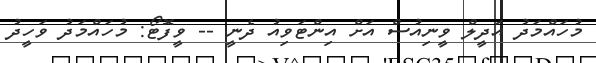
މުހައްމަދު އަދީލް ވީނިއުސް އަށް އިންޓަވިއު ދެނީ -- ވީފޮޓޯ: މުހައްމަދު ވަހީދު